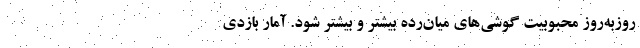
روزبه‌روز محبوبیت گوشی‌های میان‌رده بیشتر و بیشتر شود. آمار بازدی